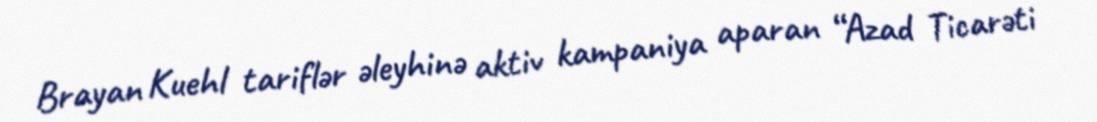
Brayan Kuehl tariflər əleyhinə aktiv kampaniya aparan “Azad Ticarəti